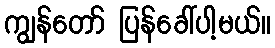
ကျွန်တော် ပြန်ခေါ်ပါ့မယ်။